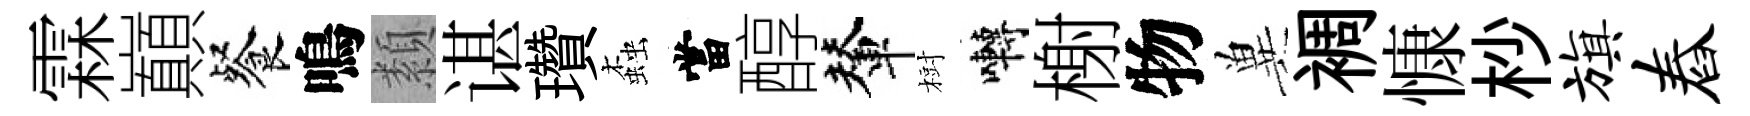
霖巔餐鳴纇谌瓚螙當醇輦𣗳囀榭物兾裯慷杪旗舂